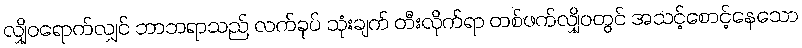
လျှိုဝရောက်လျှင် ဘာဘရာသည် လက်ခုပ် သုံးချက် တီးလိုက်ရာ တစ်ဖက်လျှိုဝတွင် အသင့်စောင့်နေသော